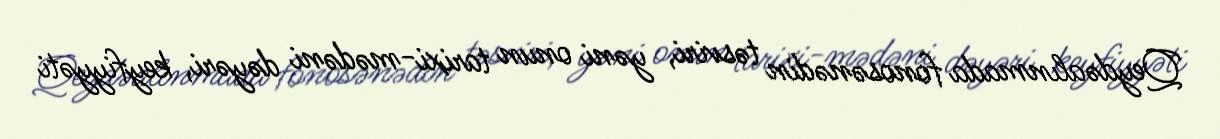
Qeydəalınmada fonosənədin təsviri, yəni onun tarixi-mədəni dəyəri, keyfiyyəti